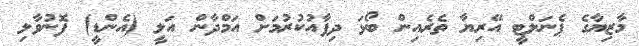
މާޒިޔާގެ ޕެނަލްޓީ އޭރިޔާ ތެރެއިން ބޯޅަ ދިފާއުކުރުމަށް އަމްދާން އަލީ (އެންޑީ) ފޮނުވާލި